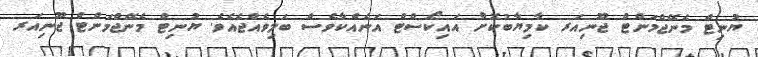
ޔުނިޓް މެނޭޖްމަންޓް ޖޫނިއަރ ކާމިޔާބުކޮށް އައިކޯސްޓް އަނެއްކާވެސް ބަލިވެއްޖެއެވެ. ޔުނިޓް މެނޭޖްމަންޓް ޖޫނިއަރ